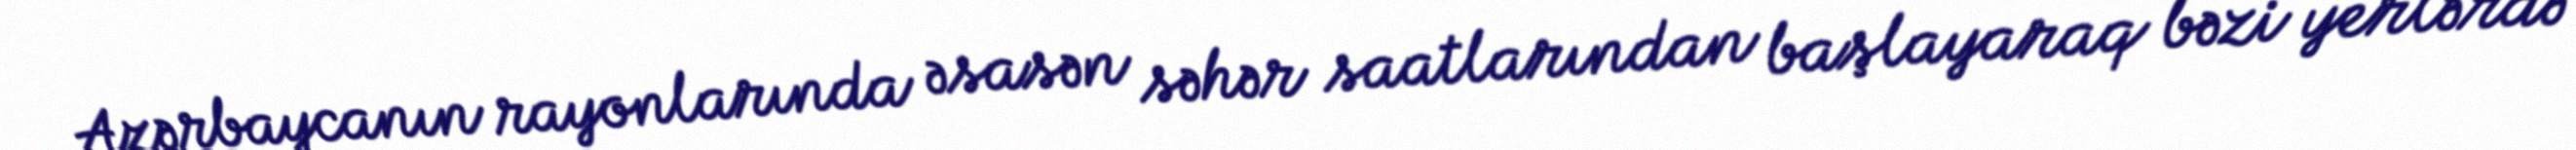
Azərbaycanın rayonlarında əsasən səhər saatlarından başlayaraq bəzi yerlərdə